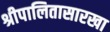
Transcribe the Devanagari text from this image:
श्रीपालितासारखा